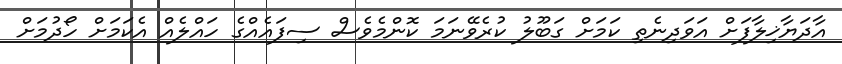
އާދަޔާޚިލާފަށް އަވަދިނެތި ކަމަށް ގަބޫލު ކުރެވޭނަމަ ކޮންމެވެސް ސިފައެއްގެ ހައްލެއް އެކަމަށް ހޯދުމަށް